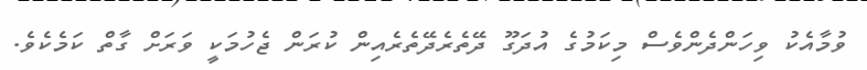
ވުމާއެކު ވިހަންދެންވެސް މިކަމުގެ އުދަގޫ ދޭތެރެދޭތެރެއިން ކުރަން ޖެހުމަކީ ވަރަށް ގާތް ކަމެކެވެ.